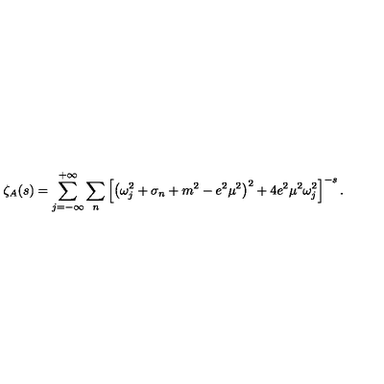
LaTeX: \zeta _ { A } ( s ) = \sum _ { j = - \infty } ^ { + \infty } \sum _ { n } \left[ \left( \omega _ { j } ^ { 2 } + \sigma _ { n } + m ^ { 2 } - e ^ { 2 } \mu ^ { 2 } \right) ^ { 2 } + 4 e ^ { 2 } \mu ^ { 2 } \omega _ { j } ^ { 2 } \right] ^ { - s } .